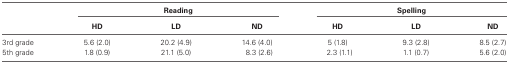
|  | <COLSPAN=3> Reading | <COLSPAN=3> Spelling |
 |  | HD | LD | ND | HD | LD | ND |
 | --- | --- | --- | --- | --- | --- | --- |
 | 3rd grade | 5.6 (2.0) | 20.2 (4.9) | 14.6 (4.0) | 5 (1.8) | 9.3 (2.8) | 8.5 (2.7) |
 | 5th grade | 1.8 (0.9) | 21.1 (5.0) | 8.3 (2.6) | 2.3 (1.1) | 1.1 (0.7) | 5.6 (2.0) |